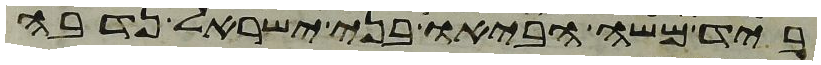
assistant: ביד משה הביאו בני ישראל נדבה